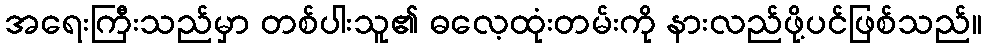
အရေးကြီးသည်မှာ တစ်ပါးသူ၏ ဓလေ့ထုံးတမ်းကို နားလည်ဖို့ပင်ဖြစ်သည်။